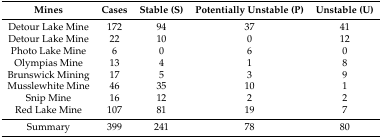
<table><thead><tr><td><b>Mines</b></td><td><b>Cases</b></td><td><b>Stable (S)</b></td><td><b>Potentially Unstable (P)</b></td><td><b>Unstable (U)</b></td></tr></thead><tbody><tr><td>Detour Lake Mine</td><td>172</td><td>94</td><td>37</td><td>41</td></tr><tr><td>Detour Lake Mine</td><td>22</td><td>10</td><td>0</td><td>12</td></tr><tr><td>Photo Lake Mine</td><td>6</td><td>0</td><td>6</td><td>0</td></tr><tr><td>Olympias Mine</td><td>13</td><td>4</td><td>1</td><td>8</td></tr><tr><td>Brunswick Mining</td><td>17</td><td>5</td><td>3</td><td>9</td></tr><tr><td>Musslewhite Mine</td><td>46</td><td>35</td><td>10</td><td>1</td></tr><tr><td>Snip Mine</td><td>16</td><td>12</td><td>2</td><td>2</td></tr><tr><td>Red Lake Mine</td><td>107</td><td>81</td><td>19</td><td>7</td></tr><tr><td>Summary</td><td>399</td><td>241</td><td>78</td><td>80</td></tr></tbody></table>